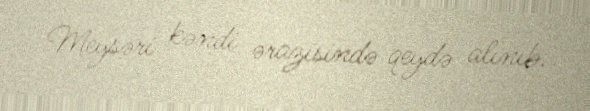
Meysəri kəndi ərazisində qeydə alınıb.